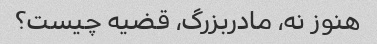
هنوز نه، مادربزرگ، قضیه چیست؟